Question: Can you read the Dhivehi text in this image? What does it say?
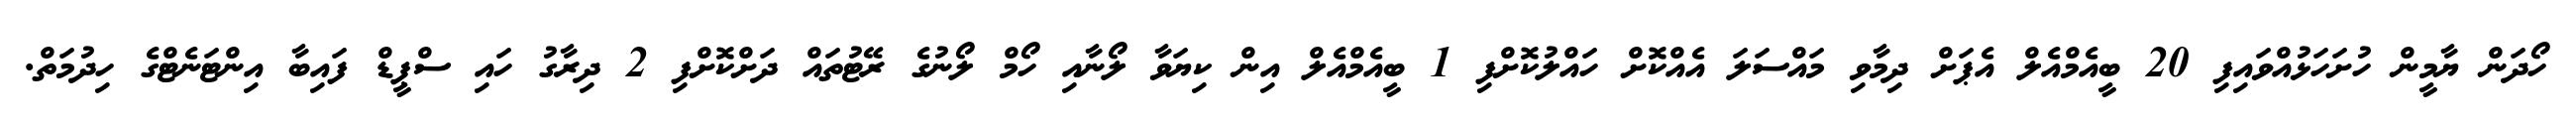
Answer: ހޯދަން ޔާމީން ހުށަހަޅުއްވައިފި 20 ބީއެމްއެލް އެޕަށް ދިމާވި މައްސަލަ އެއްކޮށް ހައްލުކޮށްފި 1 ބީއެމްއެލް އިން ކިޔަވާ ލޯނާއި ހޯމް ލޯނުގެ ރޭޓުތައް ދަށްކޮށްފި 2 ދިރާގު ހައި ސްޕީޑް ފައިބާ އިންޓަނެޓްގެ ހިދުމަތް.